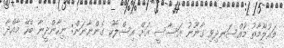
މައުލޫމާތު މުއްސަނދިވި ގާނޫނު އަސާސީ އަށް އިސްލާހު ގެންނާނަން: ނިހާންދީނާ ބެހޭ މާއްދާ